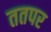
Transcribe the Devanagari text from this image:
ततपर